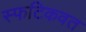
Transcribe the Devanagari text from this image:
स्फटिकवत